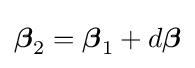
{\boldsymbol {\beta }}_{2}={\boldsymbol {\beta }}_{1}+d{\boldsymbol {\beta }}